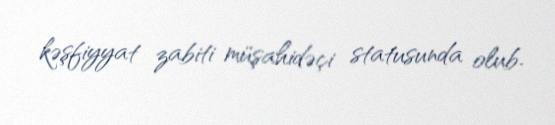
kəşfiyyat zabiti müşahidəçi statusunda olub.